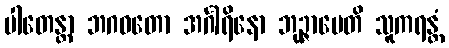
ပါတေန္တာ ဘဂဝတော အင်္ဂါရိနော ဘုဉ္ဇာပေတိ သူကရန္တံ